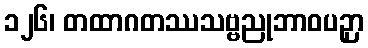
၁၂၆၊ တထာဂတဿသဗ္ဗညုဘာဝပဉှာ